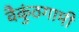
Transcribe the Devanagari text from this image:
वैकुंठगामी